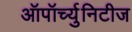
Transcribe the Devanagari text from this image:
ऑपॉर्च्युनिटीज